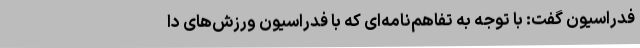
فدراسیون گفت: با توجه به تفاهم‌نامه‌ای که با فدراسیون ورزش‌های دا